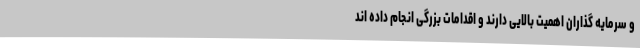
و سرمایه گذاران اهمیت بالایی دارند و اقدامات بزرگی انجام داده اند